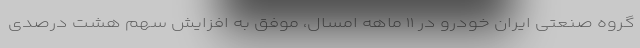
گروه صنعتی ایران خودرو در ۱۱ ماهه امسال،‌ موفق به افزایش سهم هشت درصدی